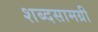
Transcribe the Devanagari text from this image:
शब्दसामग्री